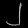
Digit: ၂